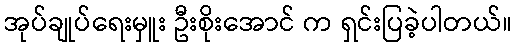
အုပ်ချုပ်ရေးမှူး ဦးစိုးအောင် က ရှင်းပြခဲ့ပါတယ်။